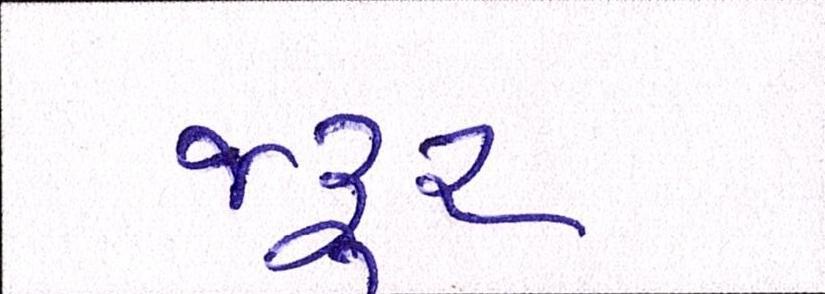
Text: જરૂર